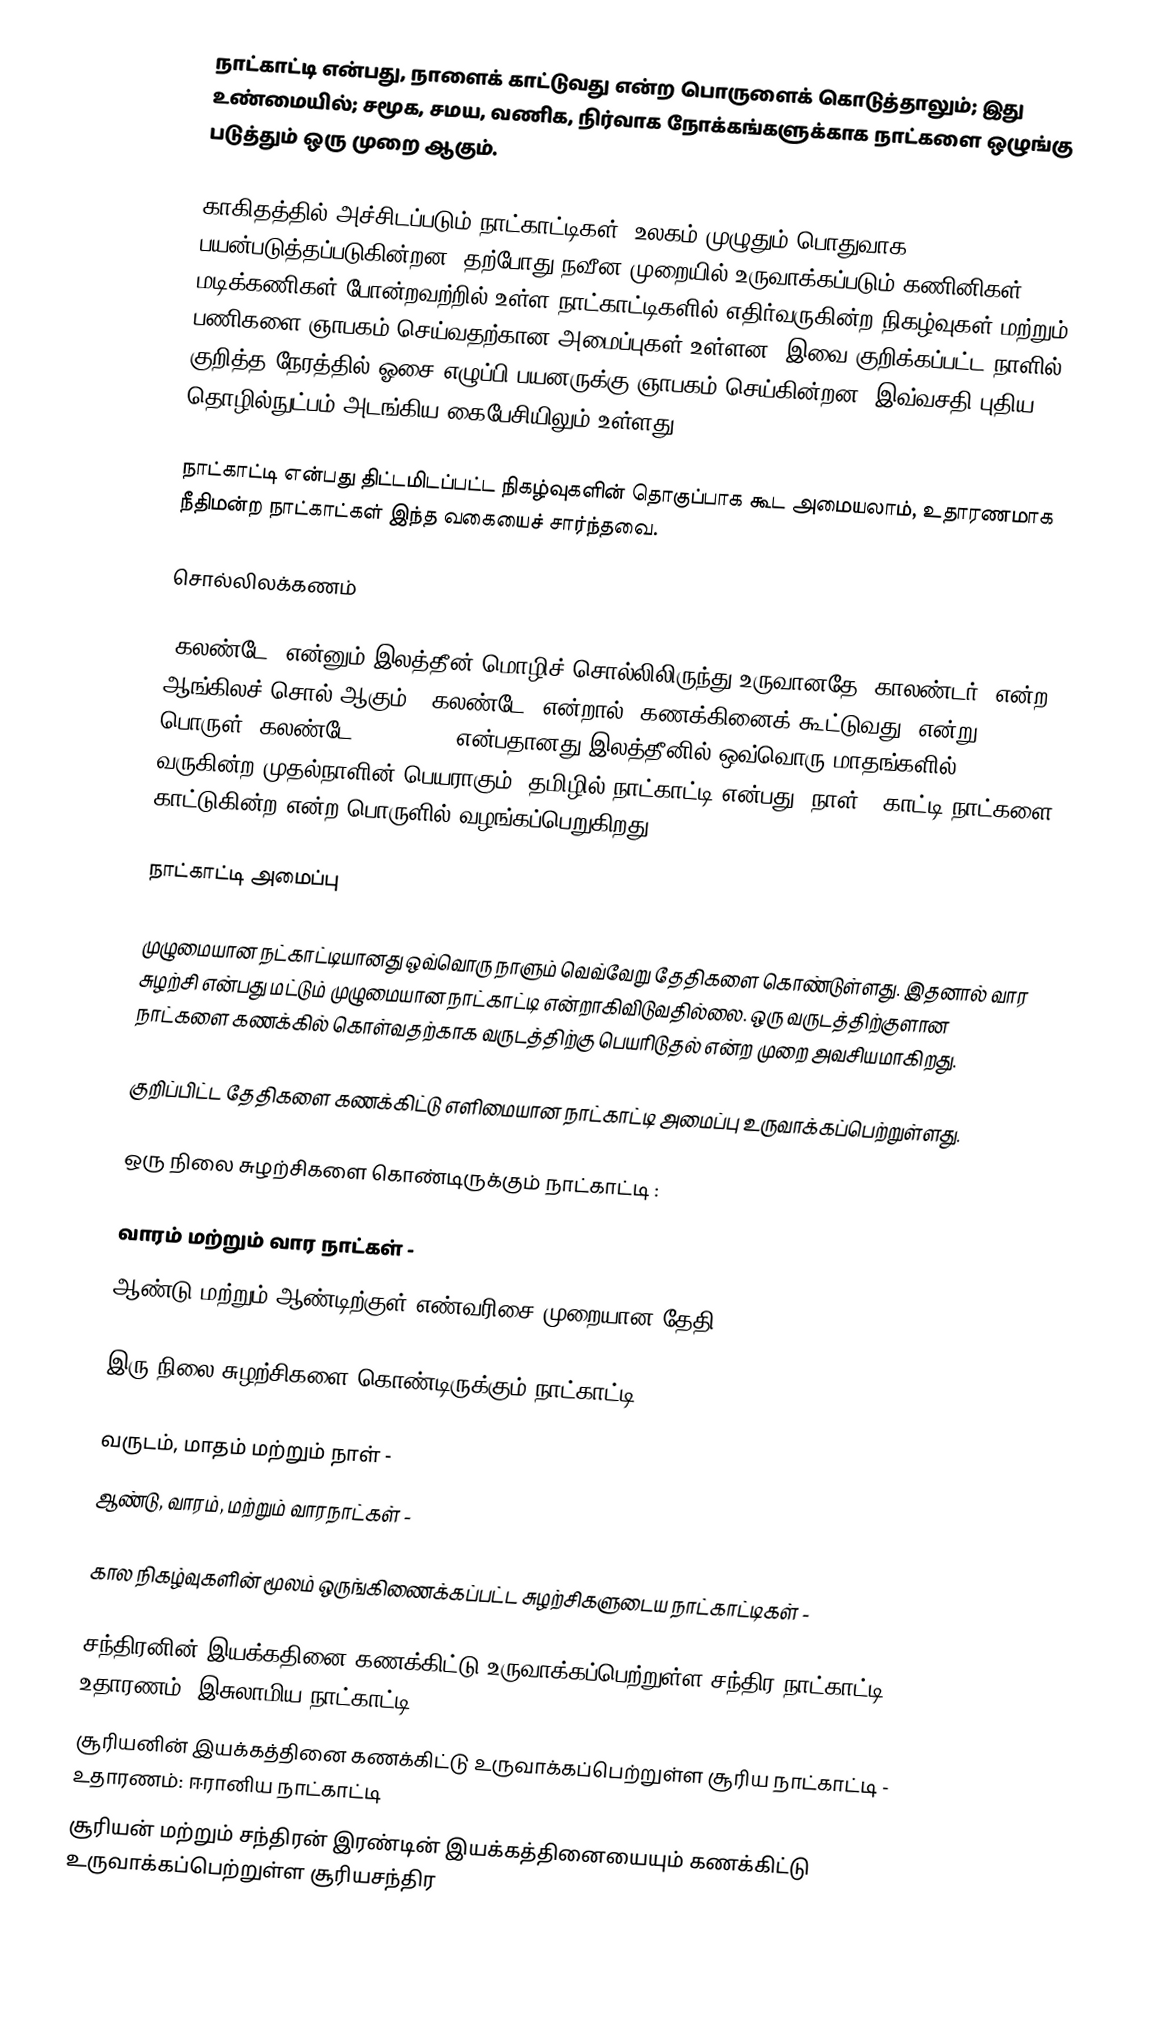
நாட்காட்டி என்பது, நாளைக் காட்டுவது என்ற பொருளைக் கொடுத்தாலும்; இது உண்மையில்; சமூக, சமய, வணிக, நிர்வாக நோக்கங்களுக்காக நாட்களை ஒழுங்கு படுத்தும் ஒரு முறை ஆகும்.

காகிதத்தில் அச்சிடப்படும் நாட்காட்டிகள், உலகம் முழுதும் பொதுவாக பயன்படுத்தப்படுகின்றன. தற்போது நவீன முறையில் உருவாக்கப்படும் கணினிகள், மடிக்கணிகள் போன்றவற்றில் உள்ள நாட்காட்டிகளில் எதிர்வருகின்ற நிகழ்வுகள் மற்றும் பணிகளை ஞாபகம் செய்வதற்கான அமைப்புகள் உள்ளன. இவை குறிக்கப்பட்ட நாளில், குறித்த நேரத்தில் ஓசை எழுப்பி பயனருக்கு ஞாபகம் செய்கின்றன. இவ்வசதி புதிய தொழில்நுட்பம் அடங்கிய  கைபேசியிலும் உள்ளது.

நாட்காட்டி என்பது திட்டமிடப்பட்ட நிகழ்வுகளின் தொகுப்பாக கூட அமையலாம், உதாரணமாக நீதிமன்ற நாட்காட்கள் இந்த வகையைச் சார்ந்தவை.

சொல்லிலக்கணம்

'கலண்டே' என்னும் இலத்தீன் மொழிச் சொல்லிலிருந்து உருவானதே 'காலண்டர்' என்ற ஆங்கிலச் சொல் ஆகும். 'கலண்டே' என்றால் 'கணக்கினைக் கூட்டுவது' என்று பொருள். கலண்டே (kalendae) என்பதானது இலத்தீனில் ஒவ்வொரு மாதங்களில் வருகின்ற முதல்நாளின் பெயராகும். தமிழில் நாட்காட்டி என்பது, நாள் + காட்டி நாட்களை காட்டுகின்ற என்ற பொருளில் வழங்கப்பெறுகிறது.

நாட்காட்டி அமைப்பு

முழுமையான நட்காட்டியானது ஒவ்வொரு நாளும் வெவ்வேறு தேதிகளை கொண்டுள்ளது. இதனால் வார சுழற்சி என்பது மட்டும் முழுமையான நாட்காட்டி என்றாகிவிடுவதில்லை. ஒரு வருடத்திற்குளான நாட்களை கணக்கில் கொள்வதற்காக வருடத்திற்கு பெயரிடுதல் என்ற முறை அவசியமாகிறது.

குறிப்பிட்ட தேதிகளை கணக்கிட்டு எளிமையான நாட்காட்டி அமைப்பு உருவாக்கப்பெற்றுள்ளது.

ஒரு நிலை சுழற்சிகளை கொண்டிருக்கும் நாட்காட்டி :

 வாரம் மற்றும் வார நாட்கள் -
 ஆண்டு மற்றும் ஆண்டிற்குள் எண்வரிசை முறையான தேதி -

இரு நிலை சுழற்சிகளை கொண்டிருக்கும் நாட்காட்டி :

 வருடம், மாதம் மற்றும் நாள் -
 ஆண்டு, வாரம், மற்றும் வாரநாட்கள் -

கால நிகழ்வுகளின் மூலம் ஒருங்கிணைக்கப்பட்ட சுழற்சிகளுடைய நாட்காட்டிகள் -

 சந்திரனின் இயக்கதினை கணக்கிட்டு உருவாக்கப்பெற்றுள்ள சந்திர நாட்காட்டி - உதாரணம்: இசுலாமிய நாட்காட்டி
 சூரியனின் இயக்கத்தினை கணக்கிட்டு உருவாக்கப்பெற்றுள்ள சூரிய நாட்காட்டி - உதாரணம்: ஈரானிய நாட்காட்டி
 சூரியன் மற்றும் சந்திரன் இரண்டின் இயக்கத்தினையையும் கணக்கிட்டு உருவாக்கப்பெற்றுள்ள சூரியசந்திர